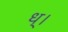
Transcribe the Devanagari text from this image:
ध्।